Mental hospitals Bombay report 1929-33 - 1929-1933
Year: 1929
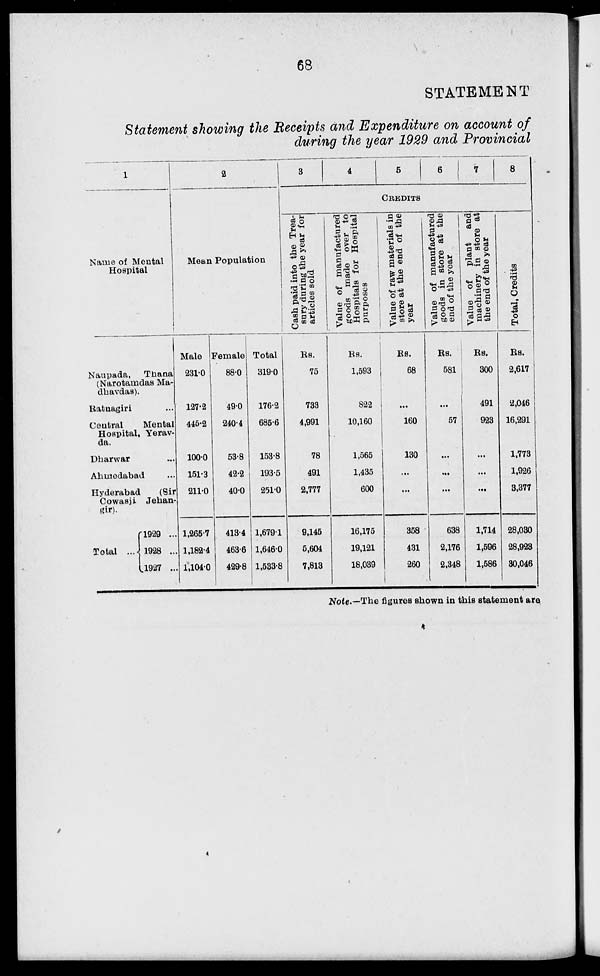
68
STATEMENT
Statement showing the Receipts and Expenditure on account of
during the year 1929 and Provincial
1
Name of Mental
Hospital
Naupada,
Thana
(Narotanidas Ma¬
dhavdas).
Ratnagiri ...
Central
Mental
Hospital, Yeravda.
Dharwar ...
Ahmedabad ...
Hyderabad
(Sir
Cowasji Jekan¬
gir).
Total ...
1929 ...
1928 ...
1927 ...
2
Mean Population
Male
231.0
127.2
445.2
100.0
151.3
211.0
1,265.7
1,182.4
1,104.0
Female
88.0
49.0
240.4
53.8
42.2
40.0
413.4
463.6
429.8
Total
319.0
176.2
685.6
153.8
193.5
251.0
1,679.1
1,646.0
1,533.8
3
4
5
6
7
8
CREDITS
Cash paid into the Trea-
sury during the year for
articles sold
Rs.
75
733
4,991
78
491
2,777
9,145
5,604
7,813
Value of manufactured
goods made over to
Hospitals for Hospital
purposes
Rs.
1,593
822
10,160
1,565
1,435
600
16,175
19,121
18,039
Value of raw materials in
store at the end of the
year
Rs.
68
...
160
130
...
...
358
431
260
Value of manufactured
goods in store at the
end of the year
Rs.
581
...
57
...
...
...
638
2,176
2,348
Value of
plant and
machinery in store at
the end of the year
Rs.
300
491
923
...
...
...
1,714
1,596
1,586
Total, Credits
Rs.
2,617
2,046
16,291
1,773
1,926
3,377
28,030
28,923
30,046
Note.—The figures shown in this statement are